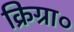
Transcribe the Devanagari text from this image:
क्रिग्रा०